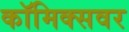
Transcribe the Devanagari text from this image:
कॉमिक्सवर